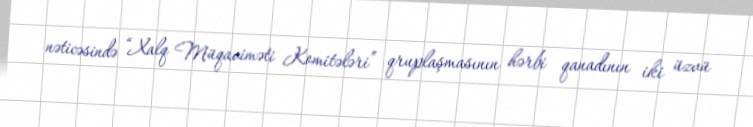
nəticəsində “Xalq Müqaviməti Komitələri” qruplaşmasının hərbi qanadının iki üzvü